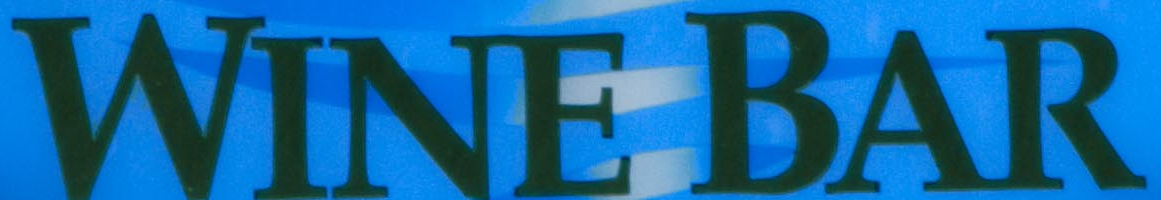
WINE BAR